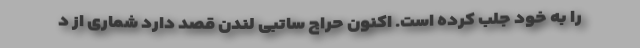
را به خود جلب کرده است. اکنون حراج ساتبی لندن قصد دارد شماری از د